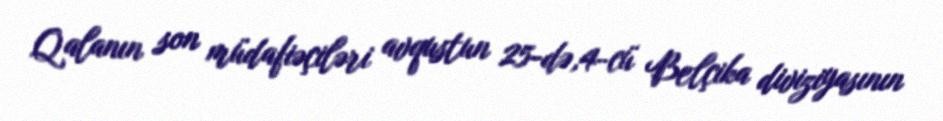
Qalanın son müdafiəçiləri avqustun 25-də,4-cü Belçika diviziyasının